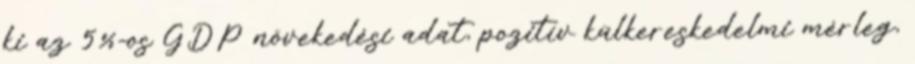
ki az 5%-os GDP növekedési adat, pozitív külkereskedelmi mérleg,